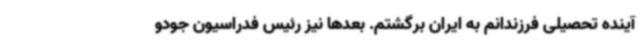
آینده تحصیلی فرزندانم به ایران برگشتم. بعدها نیز رئیس فدراسیون جودو